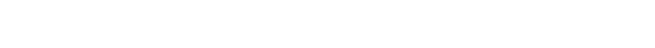
ဖိုင်အမျိုးအစား လို့ ရှိနေတာကနေ အသစ်ပြောင်းလိုက်တဲ့ ဖိုင်အမျိုးအစား ကိုပါတွေ့ရမယ်။